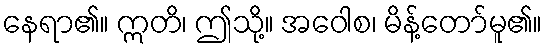
နေရာ၏။ ဣတိ၊ ဤသို့။ အဝေါစ၊ မိန့်တော်မူ၏။